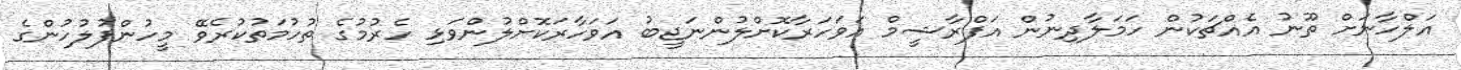
އަލްހާނަށް ތޫނު އެއްޗަކުން ހަމަލާދިނުން އަފްރާޝީމް އަވަހަރާކޮށްލުންނަޖީބު އަވަހާރަކޮށްލުންވަޅި ހެރުމުގެ ތުހުމަތުކުރެވޭ މީހުންފުލުހުންގެ